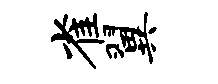
雀翼